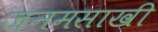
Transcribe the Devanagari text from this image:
जनमसाखी